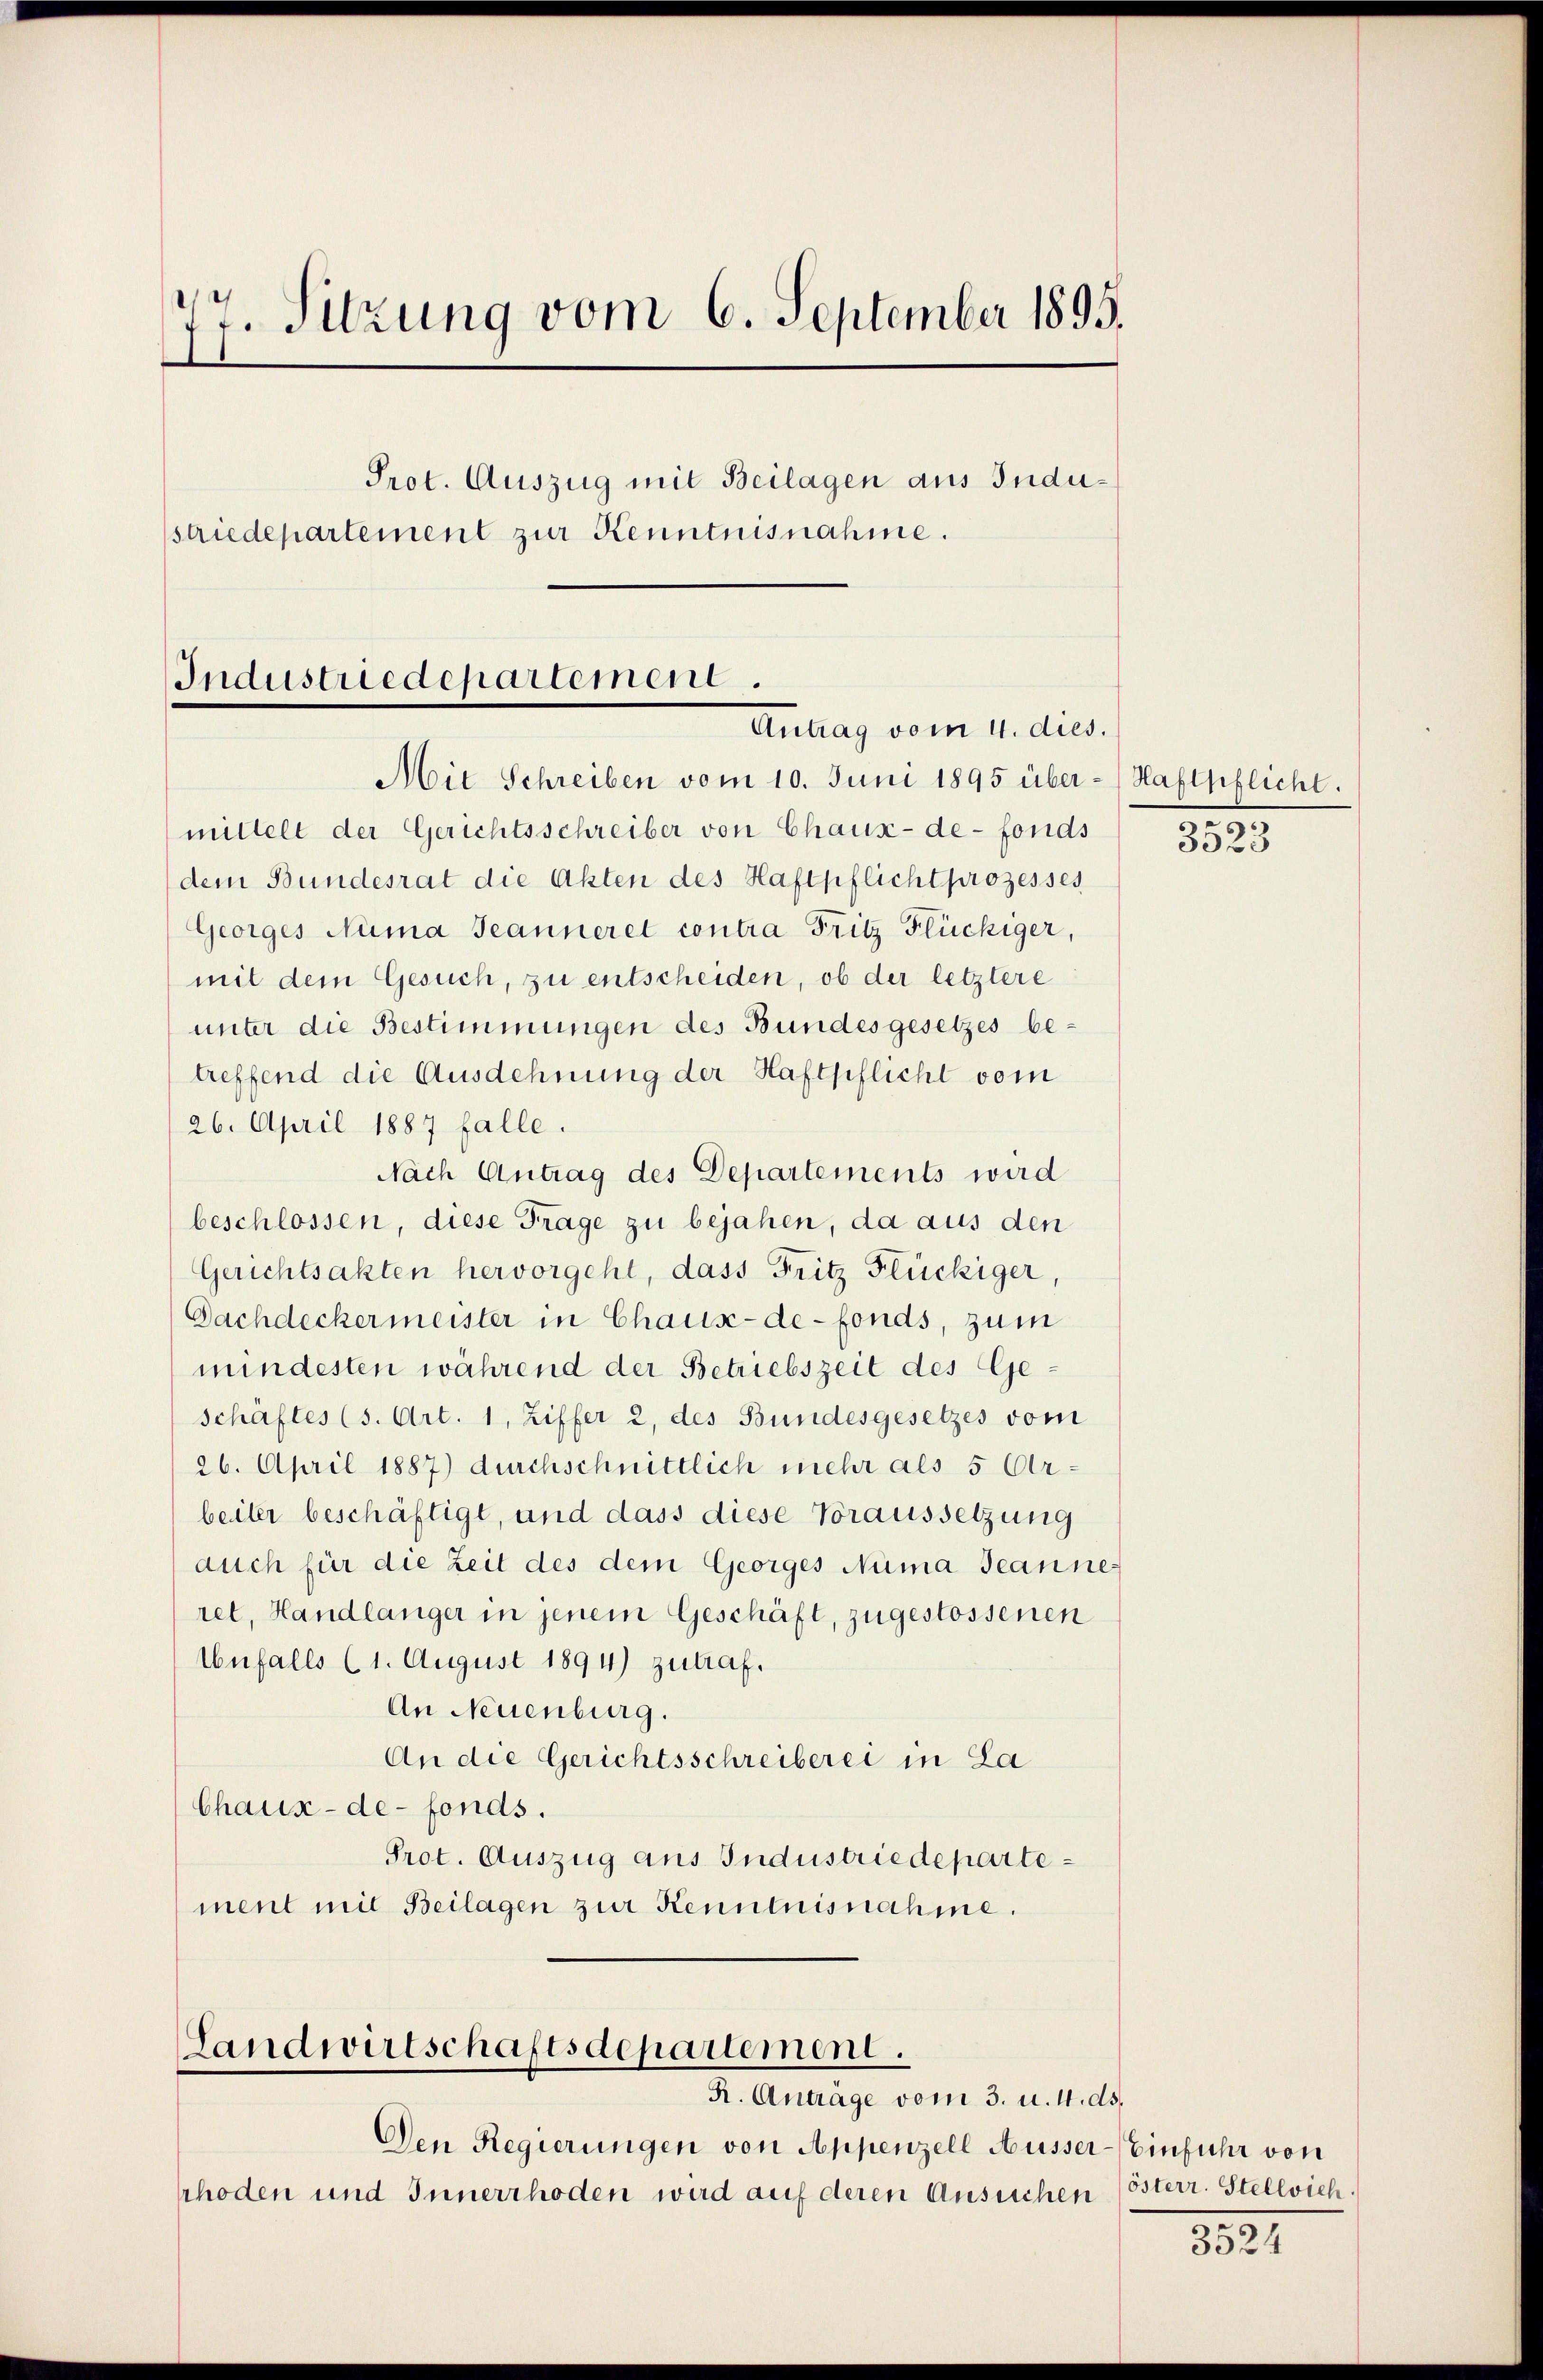
77. Sitzung vom 6. September 1895.
Prot. Auszug mit Beilagen aus Industriedepartement zur Kenntnisnahme.
Industriedepartement.
Antrag vom 4. dies.

Mit Schreiben vom 10. Juni 1895 über-Haftpflicht.
mittelt der Gerichtsschreiber von Chaux-de-Fonds
dem Bundesrat die Akten des Haftpflicht prozesses
Georges Numa Jeanneret contra Fritz Flückiger,
mit dem Gesuch, zu entscheiden, ob der letztere
unter die Bestimmungen des Bundesgesetzes betreffend die Ausdehnung der Haftpflicht vom
26. April 1887 falle.
Nach Antrag des Departements wird
beschlossen, diese Frage zu bejahen, da aus den
Gerichtsakten hervorgeht, dass Fritz Flückiger,
Dachdeckermeister in Chaux-de-Fonds, zum
mindesten während der Betriebszeit des Geschäftes (s. Art. 1, Ziffer 2, des Bundesgesetzes vom
26. April 1887) durchschnittlich mehr als 5 Ar-
beiter beschäftigt, und dass diese Voraussetzung
auch für die Zeit des dem Georges Numa Jeannes
ret, Handlänger in jenem Geschäft, zugestossenen
Unfalls (1. August 1894) zutraf.
An Neuenburg.
An die Gerichtsschreiberei in La
Chaux-de-Fonds.
Prot. Auszug aus Industriedepartement mit Beilagen zur Kenntnisnahme.

Landwirtschaftsdepartement.
R. Anträge vom 3. u. 4. ds.
Den Regierungen von Appenzell Ausser-Einfuhr von

srhoden und Innerrhoden wird auf deren Ansuchen österr. Stellvich.

d
3523

3524